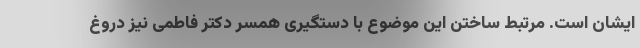
ایشان است. مرتبط ساختن این موضوع با دستگیری همسر دکتر فاطمی نیز دروغ